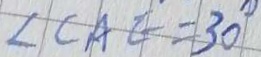
\angle C A E = 3 0 ^ { \circ }